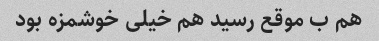
هم ب موقع رسید هم خیلی خوشمزه بود